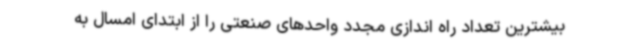
بیشترین تعداد راه اندازی مجدد واحدهای صنعتی را از ابتدای امسال به